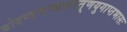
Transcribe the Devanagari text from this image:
कोदण्डचण्डशरतूणयुगाप्तभासः